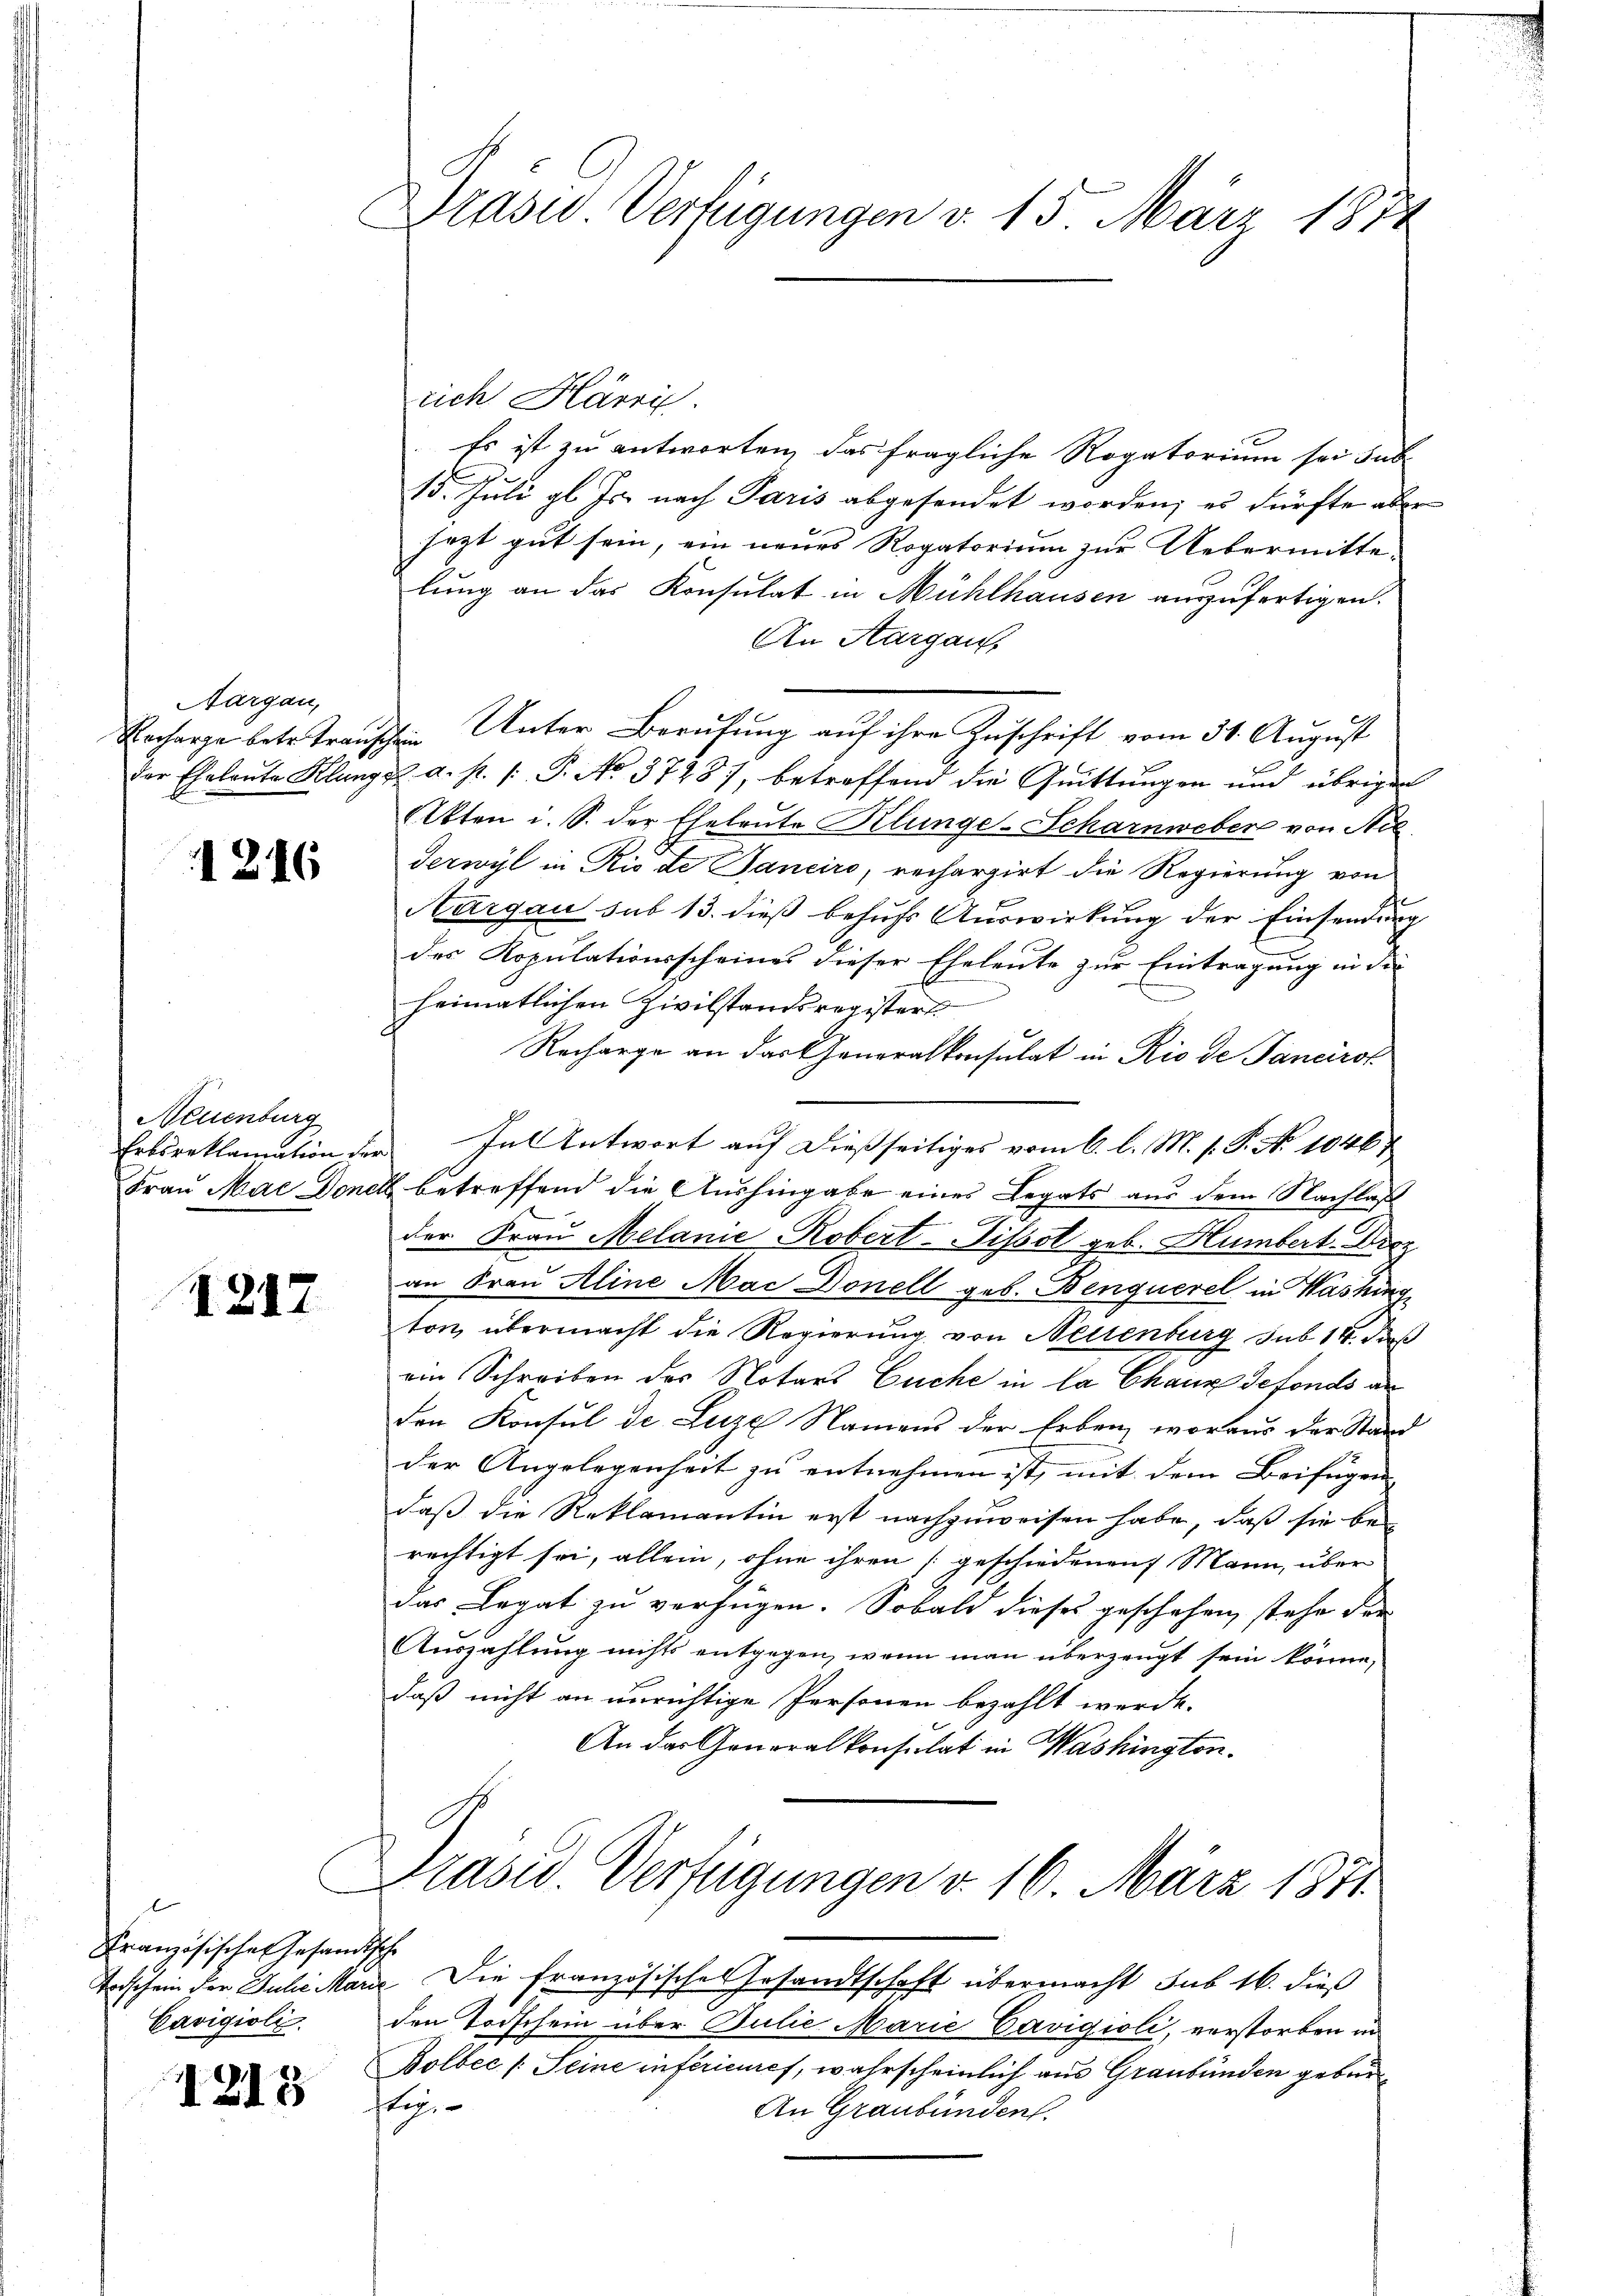
Aargau,

1216

Neuenburg

1217

Französische Gesandtsche
Cavigioli

1213

Draser Verfügungen d. 15. März 1874

rich Härris.
Es ist zu antworten, das fragliche Rogatorium sei sub
15. Juli gl. Js. nach Paris abgesendet worden; es dürfte aber
jezt gut sein, ein neues Rogatorium zur Uebermitte-
lung an das Konsulat in Mühlhausen auszufertigen.
An Aargau,
Recharge betre transchen Unter Berufung auf ihre Zuschrift vom 31. August
xx
der Eheleute Klang u. a. p. /: P. No 3728), betroffend die Quittungen und übrigen
Akten i. S. der Eheleute Klinge-Scharnweber von Nie
Terwyl in Rio de Janeiro, rechargirt die Regierung von
Thurgau sub 13. dieß behufs Auswirkung der Einsendung
des Kopulationsscheines dieser Eheleute zur Eintragung in die
heimatlichen Zivilstandsregistert
Recharge an das Generalkonsulat in Rio de Tancirot
Erbsreklamation der In Antwort auf dießseitiges vom 6. l. M. s. S. No 1046
Frau Mae Donell betreffend die Aushingabe eines Legats aus dem Nachlaß
der Frau Melanie Robert-Tissol geb. Humbert. Diez
an Frau Aline Mac Donell geb. Benquerel in Washinge
ton, übermacht die Regierung von Neuenburg sub 14. daß
ein Schreiben des Notars Euche in la Chaux defonds an
den Konsul de Luze Namens der Erben, woraus der Stand
der Angelegenheit zu entnehmen ist, mit dem Beifügen
daß die Reklamantin erst nachzuweisen habe, daß sie berechtigt sei, allein, ohne ihren (geschiedenen Mann, über
das Legat zu verfügen. Sobald dieses geschehen, stehe der
Auszahlung nichts entgegen, wenn man überzeugt sein könne,
daß nicht an unrichtige Personen bezahlt werde.
An das Generalkonsulat in Washington.
Präsid. Verfügungen v. 16. März 1871

Erdschein der Juli Marie Die französische Gesandtschaft übermacht sub 16. dieß
den Todschein über Julie Marie Cavigioli, vorstorben in
Bolbec /: Seine inférieures, wahrscheinlich aus Graubünden geben
steg
An Graubünden.